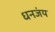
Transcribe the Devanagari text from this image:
धनजंय